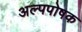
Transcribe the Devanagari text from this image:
अल्पपोषक